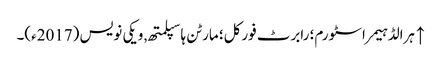
↑ ہرالڈ ہیمر اسٹورم؛ رابرٹ فورکل؛ مارٹن ہاسپلمتھ, ویکی نویس (2017ء)۔